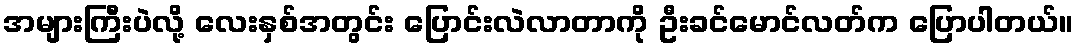
အများကြီးပဲလို့ လေးနှစ်အတွင်း ပြောင်းလဲလာတာကို ဦးခင်မောင်လတ်က ပြောပါတယ်။